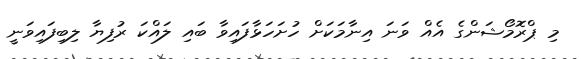
މި ޕްރޮމޯޝަންގެ އެއް ވަނަ އިނާމަކަށް ހުށަހަޅާފައިވާ ބައި ލައްކަ ރުފިޔާ ލިބިފައިވަނީ